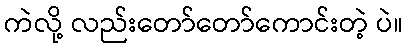
ကဲလို့ လည်းတော်တော်ကောင်းတဲ့ ပဲ။